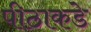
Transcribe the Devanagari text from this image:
पीठाकडे